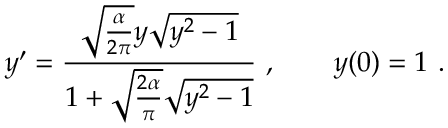
y ^ { \prime } = \frac { \sqrt { \frac { \alpha } { 2 \pi } } y \sqrt { y ^ { 2 } - 1 } } { 1 + \sqrt { \frac { 2 \alpha } { \pi } } \sqrt { y ^ { 2 } - 1 } } \ , \qquad y ( 0 ) = 1 \ .